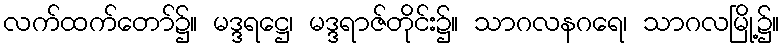
လက်ထက်တော်၌။ မဒ္ဒရဋ္ဌေ၊ မဒ္ဒရာဇ်တိုင်း၌။ သာဂလနဂရေ၊ သာဂလမြို့၌။